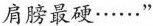
肩膀最硬······”